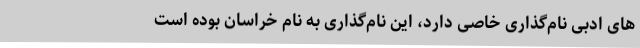
های ادبی نام‌گذاری خاصی دارد، این نام‌گذاری به نام خراسان بوده است